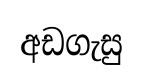
අඩගැසු